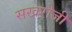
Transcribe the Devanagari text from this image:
सखरोजी